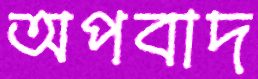
অপবাদ